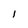
Character: l